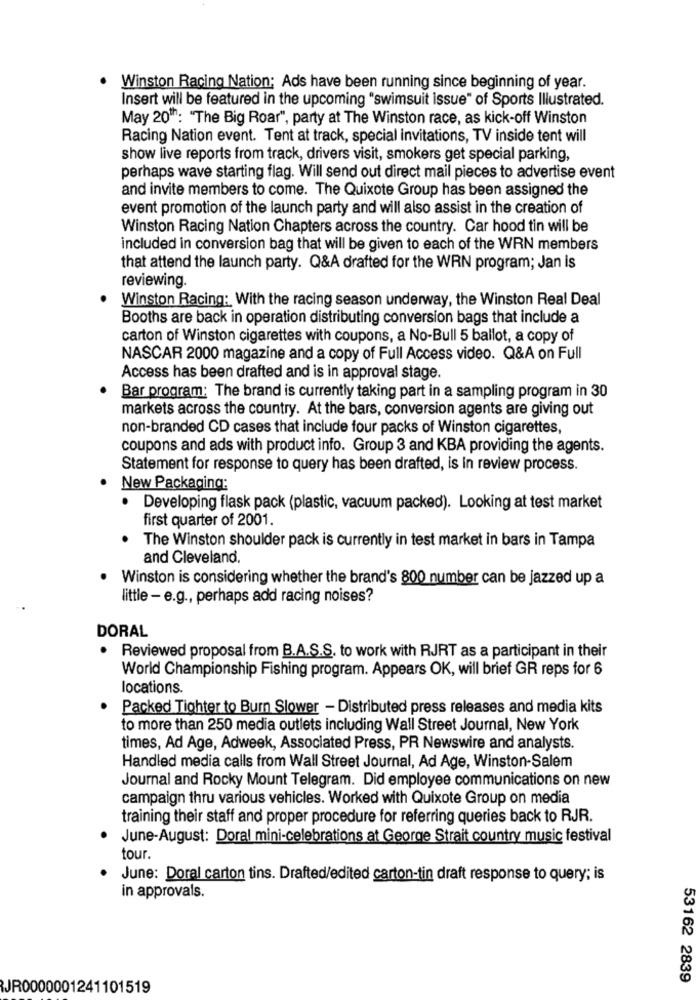
Winston Racing Nation; Ads have been running since beginning of year.
Insert will be featured in the upcoming "swimsuit issue" of Sports Illustrated.
May 201h: "The Big Roar", party at The Winston race, as kick-off Winston
Racing Nation event. Tent at track, special invitations, TV inside tent will
show live reports from track, drivers visit, smokers get special parking,
perhaps wave starting flag. Will send out direct mail pieces to advertise event
and invite members to come. The Quixote Group has been assigned the
event promotion of the launch party and will also assist in the creation of
Winston Racing Nation Chapters across the country. Car hood tin will be
included in conversion bag that will be given to each of the WRN members
that attend the launch party. Q&A drafted for the WRN program; Jan is
reviewing.
Winston Racing: With the racing season underway, the Winston Real Deal
Booths are back in operation distributing conversion bags that include a
carton of Winston cigarettes with coupons, a No-Bull 5 ballot, a copy of
NASCAR 2000 magazine and a copy of Full Access video. Q&A on Full
Access has been drafted and is in approval stage.
Bar program: The brand is currently taking part in a sampling program in 30
markets across the country. At the bars, conversion agents are giving out
non-branded CD cases that include four packs of Winston cigarettes,
coupons and ads with product info. Group 3 and KBA providing the agents.
Statement for response to query has been drafted, is in review process.
New Packaging:
· Developing flask pack (plastic, vacuum packed). Looking at test market
first quarter of 2001.
The Winston shoulder pack is currently in test market in bars in Tampa
and Cleveland.
Winston is considering whether the brand's 800 number can be jazzed up a
little - e.g ., perhaps add racing noises?
DORAL
Reviewed proposal from B.A.S.S. to work with RJRT as a participant in their
World Championship Fishing program. Appears OK, will brief GR reps for 6
locations.
Packed Tighter to Burn Slower - Distributed press releases and media kits
to more than 250 media outlets including Wall Street Journal, New York
times, Ad Age, Adweek, Associated Press, PR Newswire and analysts.
Handled media calls from Wall Street Journal, Ad Age, Winston-Salem
Journal and Rocky Mount Telegram. Did employee communications on new
campaign thru various vehicles. Worked with Quixote Group on media
training their staff and proper procedure for referring queries back to RJR.
June-August: Doral mini-celebrations at George Strait country music festival
tour.
June: Doral carton tins. Drafted/edited carton-tin draft response to query; is
in approvals.
53162 2839
JR0000001241101519